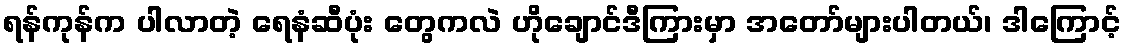
ရန်ကုန်က ပါလာတဲ့ ရေနံဆီပုံး တွေကလဲ ဟိုချောင်ဒီကြားမှာ အတော်များပါတယ်၊ ဒါကြောင့်